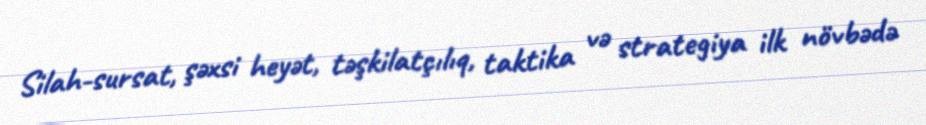
Silah-sursat, şəxsi heyət, təşkilatçılıq, taktika və strategiya ilk növbədə